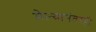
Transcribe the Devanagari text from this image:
मेल्यानंतरही